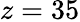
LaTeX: z=35